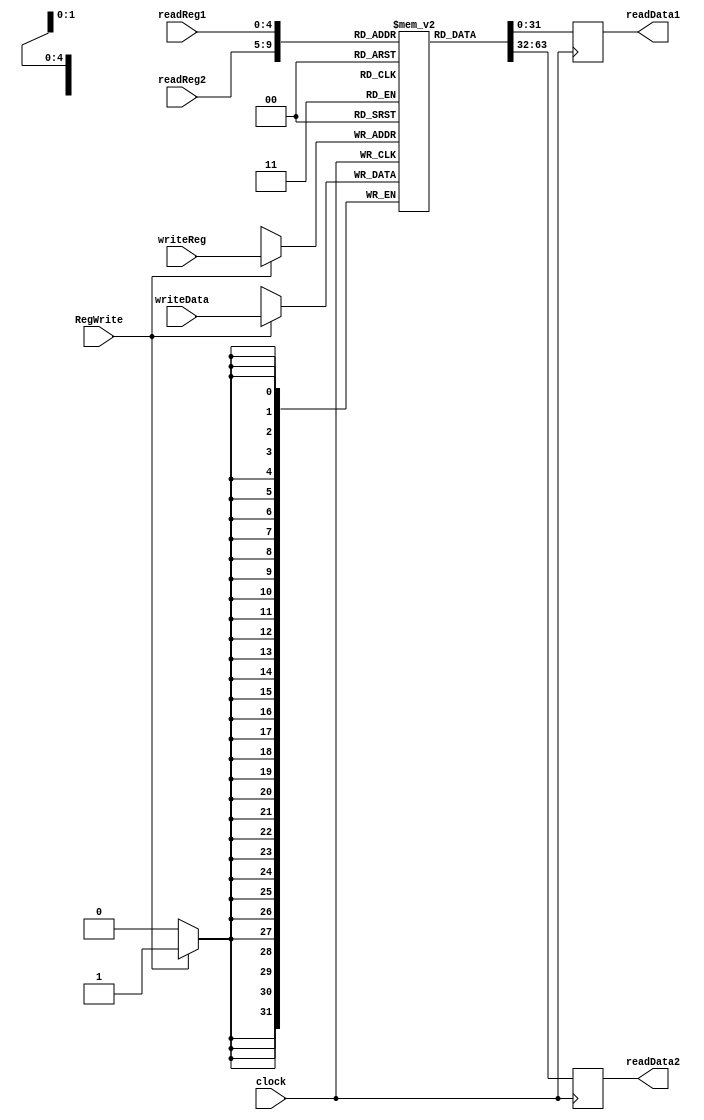
module register(readReg1,readReg2,writeReg,writeData,RegWrite,clock,readData1,readData2);
input [4:0] readReg1,readReg2,writeReg;
input [31:0] writeData;
input RegWrite,clock;
output reg [31:0] readData1,readData2;

reg [31:0]registros[0:31];

initial begin
	registros[0] <= 32'h00000000; //$zero
	registros[8] <= 32'h00000000; //$t0
	registros[9] <= 32'h00000000;
	registros[10] <= 32'h00000000;
	registros[11] <= 32'h00000000;
	registros[12] <= 32'h00000000;
	registros[13] <= 32'h00000000;
	registros[14] <= 32'h00000000;
	registros[15] <= 32'h00000000; //$t7
	registros[16] <= 32'h00000000; //$s0
	registros[17] <= 32'h00000000;
	registros[18] <= 32'h00000000;
	registros[19] <= 32'h00000000;
	registros[20] <= 32'h00000000;
	registros[21] <= 32'h00000000;
	registros[22] <= 32'h00000000;
	registros[23] <= 32'h00000000; //$s7
	registros[24] <= 32'h00000000; //$t8
	registros[25] <= 32'h00000000; //$t9
	registros[26] <= 32'h00000000;
	registros[27] <= 32'h00000000;
	registros[28] <= 32'h00000000;
	registros[29] <= 32'h00000000;
	registros[30] <= 32'h00000000;
	registros[31] <= 32'h00000000;
end

always@(posedge clock)
begin
	$display("POSEDGE Entrada al registro ,RegWrite -> %d",RegWrite);
	readData2 <= registros[readReg2];
	readData1 <= registros[readReg1];
	$display("POSEDGE Salida del registro reg1 ,ReadReg1 -> %d",readReg1);
	$display("POSEDGE Salida del registro reg1 ,ReadReg2 -> %d",readReg2);
	$display("registro 8 -> t0 -> %h",registros[8]);
	$display("registro 9 -> t1 -> %h",registros[9]);
	$display("registro 10 -> t2 -> %h",registros[10]);
	$display("registro 11 -> t3 -> %h",registros[11]);
	$display("registro 12 -> t4 -> %h",registros[12]);
	$display("registro 13 -> t5 -> %h",registros[13]);
	$display("registro 14 -> t6 -> %h",registros[14]);
	$display("registro 15 -> t7 -> %h",registros[15]);
	$display("registro 16 -> t8 -> %h",registros[16]);
	$display("registro 17 -> s0 -> %h",registros[17]);
	$display("registro 18 -> s1 -> %h",registros[18]);
	$display("registro 19 -> s2 -> %h",registros[19]);
	$display("registro 20 -> s3 -> %h",registros[20]);
	$display("registro 21 -> s4 -> %h",registros[21]);
	$display("registro 22 -> s5 -> %h",registros[22]);
	$display("registro 23 -> s6 -> %h",registros[23]);
	$display("registro 24 -> s7 -> %h",registros[24]);
	$display("registro 25 -> s8 -> %h",registros[25]);
	$display("registro 26 -> s2 -> %h",registros[26]);
	$display("registro 27 -> s3 -> %h",registros[27]);
	$display("registro 28 -> s4 -> %h",registros[28]);
	$display("registro 29 -> s5 -> %h",registros[29]);
	$display("registro 30 -> s6 -> %h",registros[30]);
	$display("registro 31 -> s7 -> %h",registros[31]);
	$display("\n FINAL \n");
end

always@(negedge clock)
begin
	if(RegWrite==1'b1)begin
	registros[writeReg] <= writeData;
	end
	$display("NENEDGE Entrada al registro ,RegWrite -> %b",RegWrite);
	$display("NENEDGE Entrada al registro ,writeReg -> %d",writeReg);
	$display("NENEDGE Entrada al registro ,writeData -> %d",writeData);
	$display("\n INICIO \n");
end
endmodule